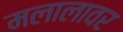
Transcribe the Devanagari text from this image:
मलालावर